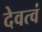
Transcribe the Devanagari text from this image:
देवत्वं